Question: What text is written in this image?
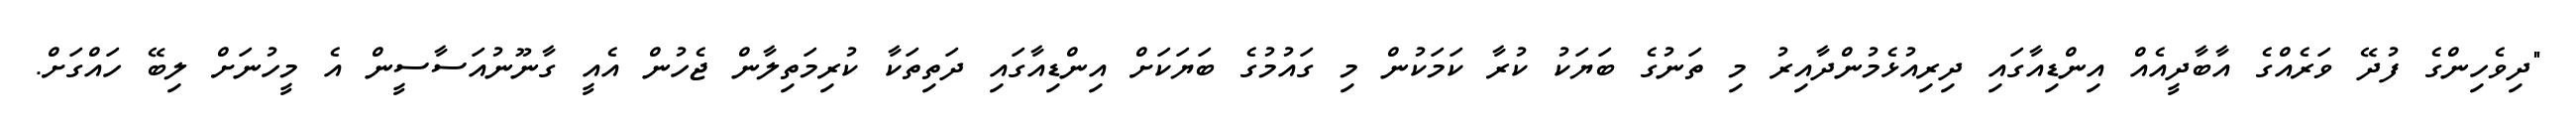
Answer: "ދިވެހިންގެ ފުދޭ ވަރެއްގެ އާބާދީއެއް އިންޑިއާގައި ދިރިއުޅެމުންދާއިރު މި ތަނުގެ ބަޔަކު ކުރާ ކަމަކުން މި ގައުމުގެ ބަޔަކަށް އިންޑިއާގައި ދަތިތަކާ ކުރިމަތިލާން ޖެހުން އެއީ ގާނޫނުއަސާސީން އެ މީހުނަށް ލިބޭ ހައްގަށް.